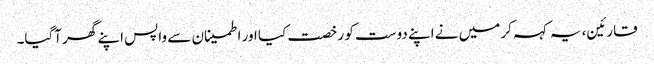
قارئین، یہ کہہ کر میں نے اپنے دوست کو رخصت کیا اور اطمینان سے واپس اپنے گھر آگیا۔